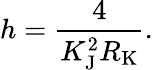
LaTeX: h={\frac{4}{K_{\mathrm{{J}}}^{2}R_{\mathrm{{K}}}}}.